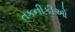
તકનીકીઓ